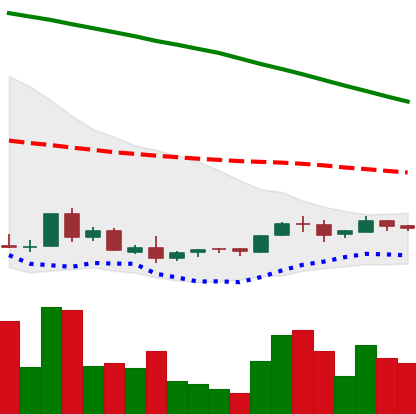
Ticker: ADA-USD
Chart end date: 2018-09-03
Forward return: -24.489%
Label: down_7plus